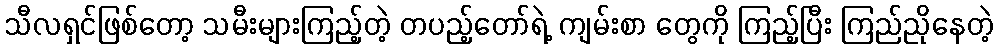
သီလရှင်ဖြစ်တော့ သမီးများကြည့်တဲ့ တပည့်တော်ရဲ့ ကျမ်းစာ တွေကို ကြည့်ပြီး ကြည်ညိုနေတဲ့